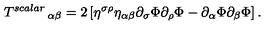
\left. T ^ { s c a l a r } \right. _ { \alpha \beta } = 2 \left[ \eta ^ { \sigma \rho } \eta _ { \alpha \beta } \partial _ { \sigma } \Phi \partial _ { \rho } \Phi - \partial _ { \alpha } \Phi \partial _ { \beta } \Phi \right] .